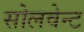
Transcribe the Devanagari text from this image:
सोलवेन्ट